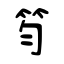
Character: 笉